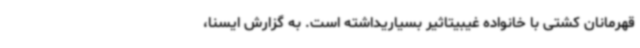
قهرمانان کشتی با خانواده غیبیتاثیر بسیاریداشته است. به گزارش ایسنا،